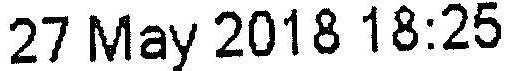
27 MAY 2018 18:25